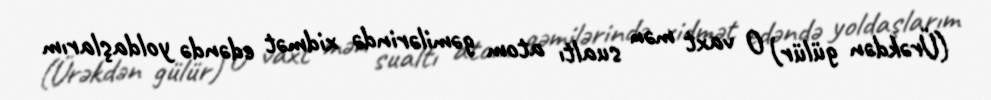
(Ürəkdən gülür) O vaxt mən sualtı atom gəmilərində xidmət edəndə yoldaşlarım